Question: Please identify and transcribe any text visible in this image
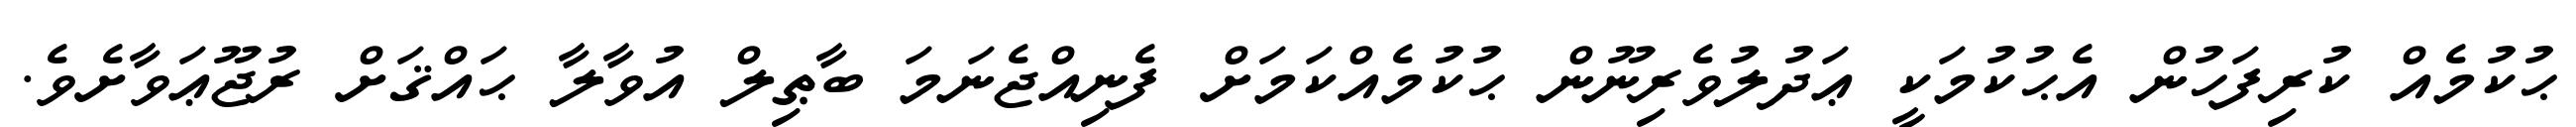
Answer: ޙުކުމެއް ކުރިފަހުން އެޙުކުމަކީ ޢަދުލުވެރިނޫން ޙުކުމެއްކަމަށް ފެނިއްޖެނަމަ ބާޠިލް އުވާލާ ޙައްޤަށް ރުޖޫޢަވާށެވެ.